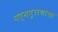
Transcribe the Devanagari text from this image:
पद्‌मपुराणाचा